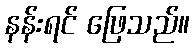
နန်းရင် ဖြေသည်။